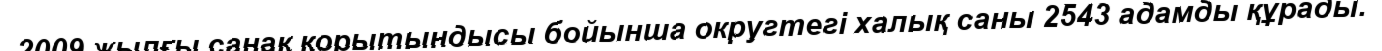
2009 жылғы санақ қорытындысы бойынша округтегі халық саны 2543 адамды құрады.